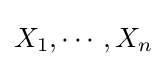
X_{1},\cdots ,X_{n}